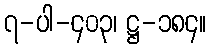
၇-ပါ-၄၀၃၊ ဋ္ဌ-၁၈၄။